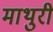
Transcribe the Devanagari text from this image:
माथुरी